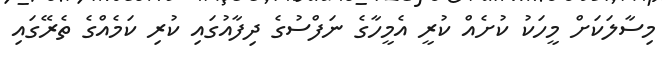
މިސާލަކަށް މީހަކު ކުށެއް ކުރީ އެމީހާގެ ނަފްސުގެ ދިފާއުގައި ކުރި ކަމެއްގެ ތެރޭގައި